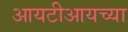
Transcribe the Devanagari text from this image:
आयटीआयच्या